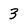
Character: 3